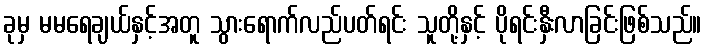
ခုမှ မမရေချယ်နှင့်အတူ သွားရောက်လည်ပတ်ရင်း သူတို့နှင့် ပိုရင်းနှီးလာခြင်းဖြစ်သည်။